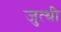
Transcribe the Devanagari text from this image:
जुत्थी